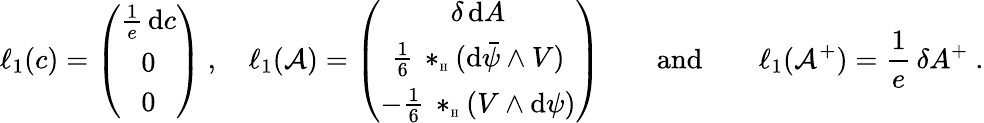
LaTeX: \ell_{1}(c)=\left(\begin{array}{c}{\frac{1}{e}\, \mathrm{d}c}\\ {0}\\ {0}\end{array}\right)\ ,\quad\ell_{1}({\cal A})=\left(\begin{array}{c}{\delta\, \mathrm{d}A}\\ {\frac 16\, \ast_{\textrm{\tiny H}}(\mathrm{d}\bar{\psi}\wedge V)}\\ {-\frac 16\, \ast_{\textrm{\tiny H}}(V\wedge\mathrm{d}\psi)}\end{array}\right){\qquad\mathrm{and}\qquad}\ell_{1}({\cal A}^{+})=\frac 1e\, \delta A^{+}\ .